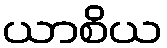
ယာစိယ